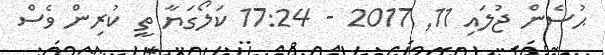
ޙުސެން ޖުލައި 11